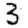
Digit: 3